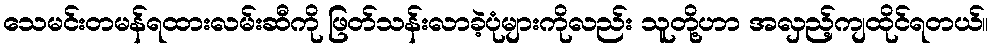
သေမင်းတမန်ရထားလမ်းဆီကို ဖြတ်သန်းလာခဲ့ပုံများကိုလည်း သူတို့ဟာ အလှည့်ကျထိုင်ရတယ်။